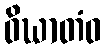
ဝိဃာတံဝ